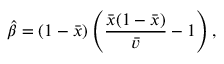
{ \hat { \beta } } = ( 1 - { \bar { x } } ) \left( { \frac { { \bar { x } } ( 1 - { \bar { x } } ) } { \bar { v } } } - 1 \right) ,